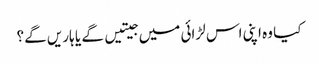
کیا وہ اپنی اس لڑائی میں جیتیں گے یا ہاریں گے؟